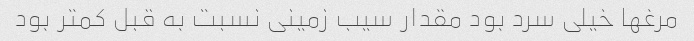
مرغها خیلی سرد بود مقدار سیب زمینی نسبت به قبل کمتر بود